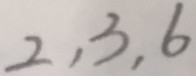
2 , 3 , 6